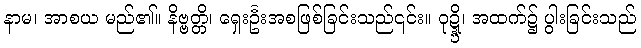
နာမ၊ အာစယ မည်၏။ နိဗ္ဗတ္တိ၊ ရှေးဦးအစဖြစ်ခြင်းသည်၎င်း။ ဝုဍ္ဍ္ဎိ၊ အထက်၌ ပွါးခြင်းသည်